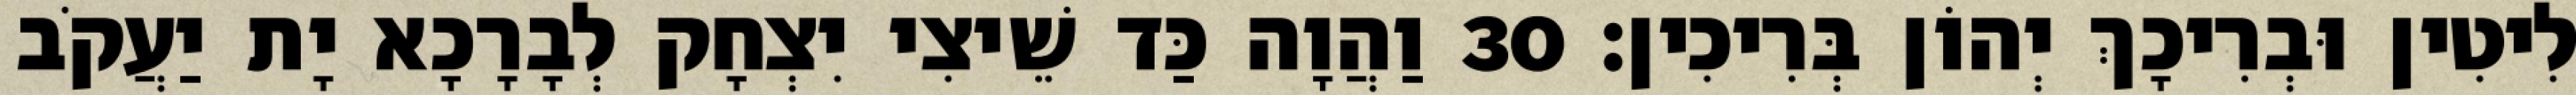
לִיטִין וּבְרִיכָךְ יְהוֹן בְּרִיכִין׃ 30 וַהֲוָה כַּד שֵׁיצִי יִצְחָק לְבָרָכָא יָת יַעֲקֹב